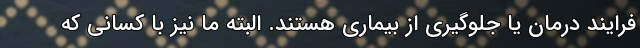
فرایند درمان یا جلوگیری از بیماری هستند. البته ما نیز با کسانی که